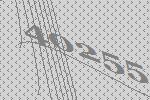
40255